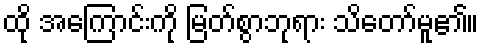
ထို အကြောင်းကို မြတ်စွာဘုရား သိတော်မူ၏။